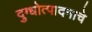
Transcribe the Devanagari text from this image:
दुग्धोत्पादनाचे